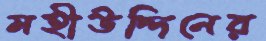
মহীউদ্দিনের